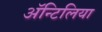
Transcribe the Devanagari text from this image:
अॅन्टिलिया